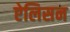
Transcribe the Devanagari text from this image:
ऐलिसन